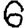
Digit: 6